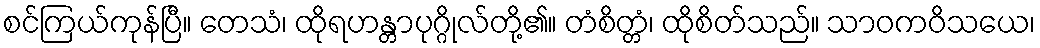
စင်ကြယ်ကုန်ပြီ။ တေသံ၊ ထိုရဟန္တာပုဂ္ဂိုလ်တို့၏။ တံစိတ္တံ၊ ထိုစိတ်သည်။ သာဝကဝိသယေ၊